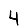
Digit: 4